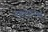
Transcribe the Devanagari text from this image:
संबलपूरमध्ये